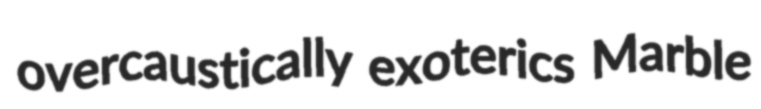
overcaustically exoterics Marble